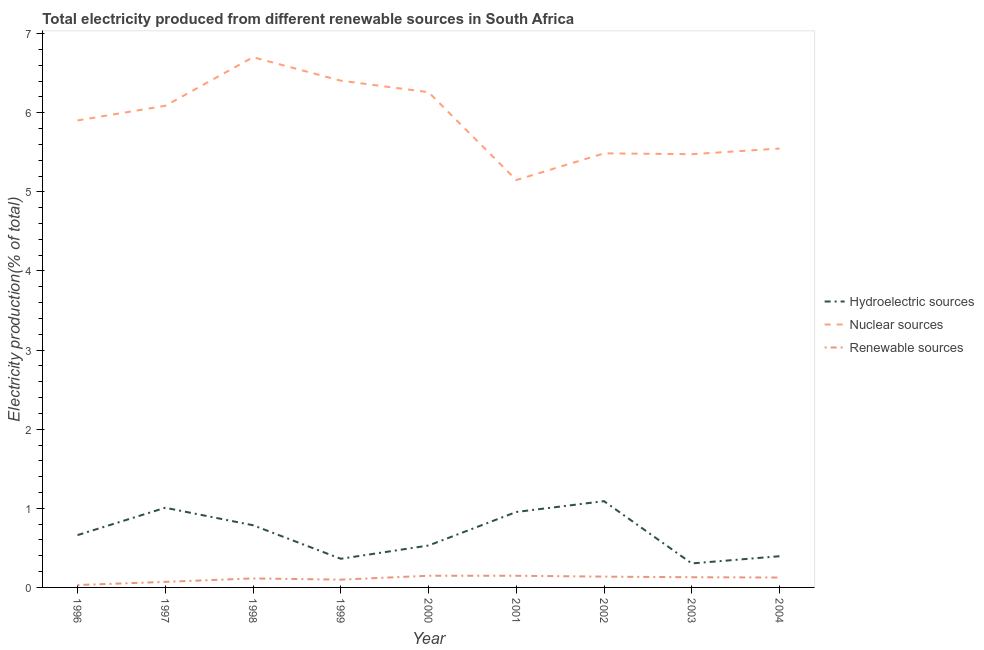
| Year | Hydroelectric sources | Nuclear sources | Renewable sources |
 | --- | --- | --- | --- |
 | 1996 | 0.661 | 5.9 | 0.0301 |
 | 1997 | 1.01 | 6.09 | 0.0703 |
 | 1998 | 0.786 | 6.7 | 0.114 |
 | 1999 | 0.362 | 6.4 | 0.0983 |
 | 2000 | 0.53 | 6.26 | 0.148 |
 | 2001 | 0.954 | 5.15 | 0.147 |
 | 2002 | 1.09 | 5.49 | 0.136 |
 | 2003 | 0.303 | 5.48 | 0.129 |
 | 2004 | 0.394 | 5.55 | 0.125 |